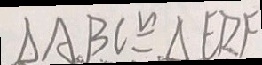
\Delta A B C \cong \Delta E D F